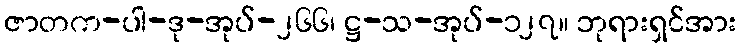
ဇာတက-ပါ-ဒု-အုပ်-၂၆၆၊ ဋ္ဌ-သ-အုပ်-၁၂၇။ ဘုရားရှင်အား